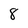
Character: 8